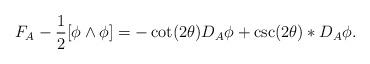
LaTeX: \begin{align*}F_A-\frac{1}{2}[\phi\wedge\phi]=-\cot(2\theta)D_A\phi+\csc(2\theta)*D_A\phi.\end{align*}